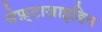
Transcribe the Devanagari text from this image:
सेफ़्टाज़ाइडिन